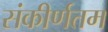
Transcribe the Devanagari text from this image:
संकीर्णतम